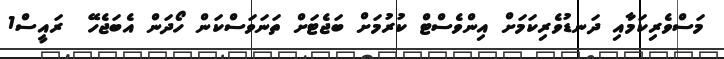
މަސްވެރިކަމާއި ދަނޑުވެރިކަމަށް އިންވެސްޓް ކުރުމަށް ބަޖެޓަށް ތަނަވަސްކަން ހޯދަން އެބަޖެހޭ  ރައީސް1